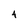
Character: 4